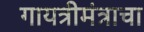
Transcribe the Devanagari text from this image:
गायत्रीमंत्राचा